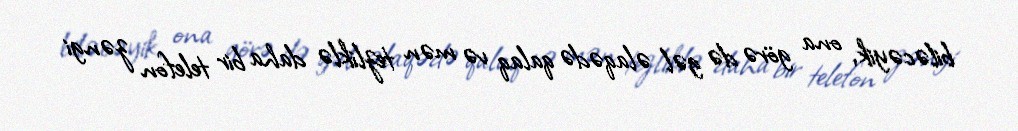
biləcəyik, ona görə də gəl əlaqədə qalaq və mən tezliklə daha bir telefon zəngi